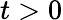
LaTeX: t>0